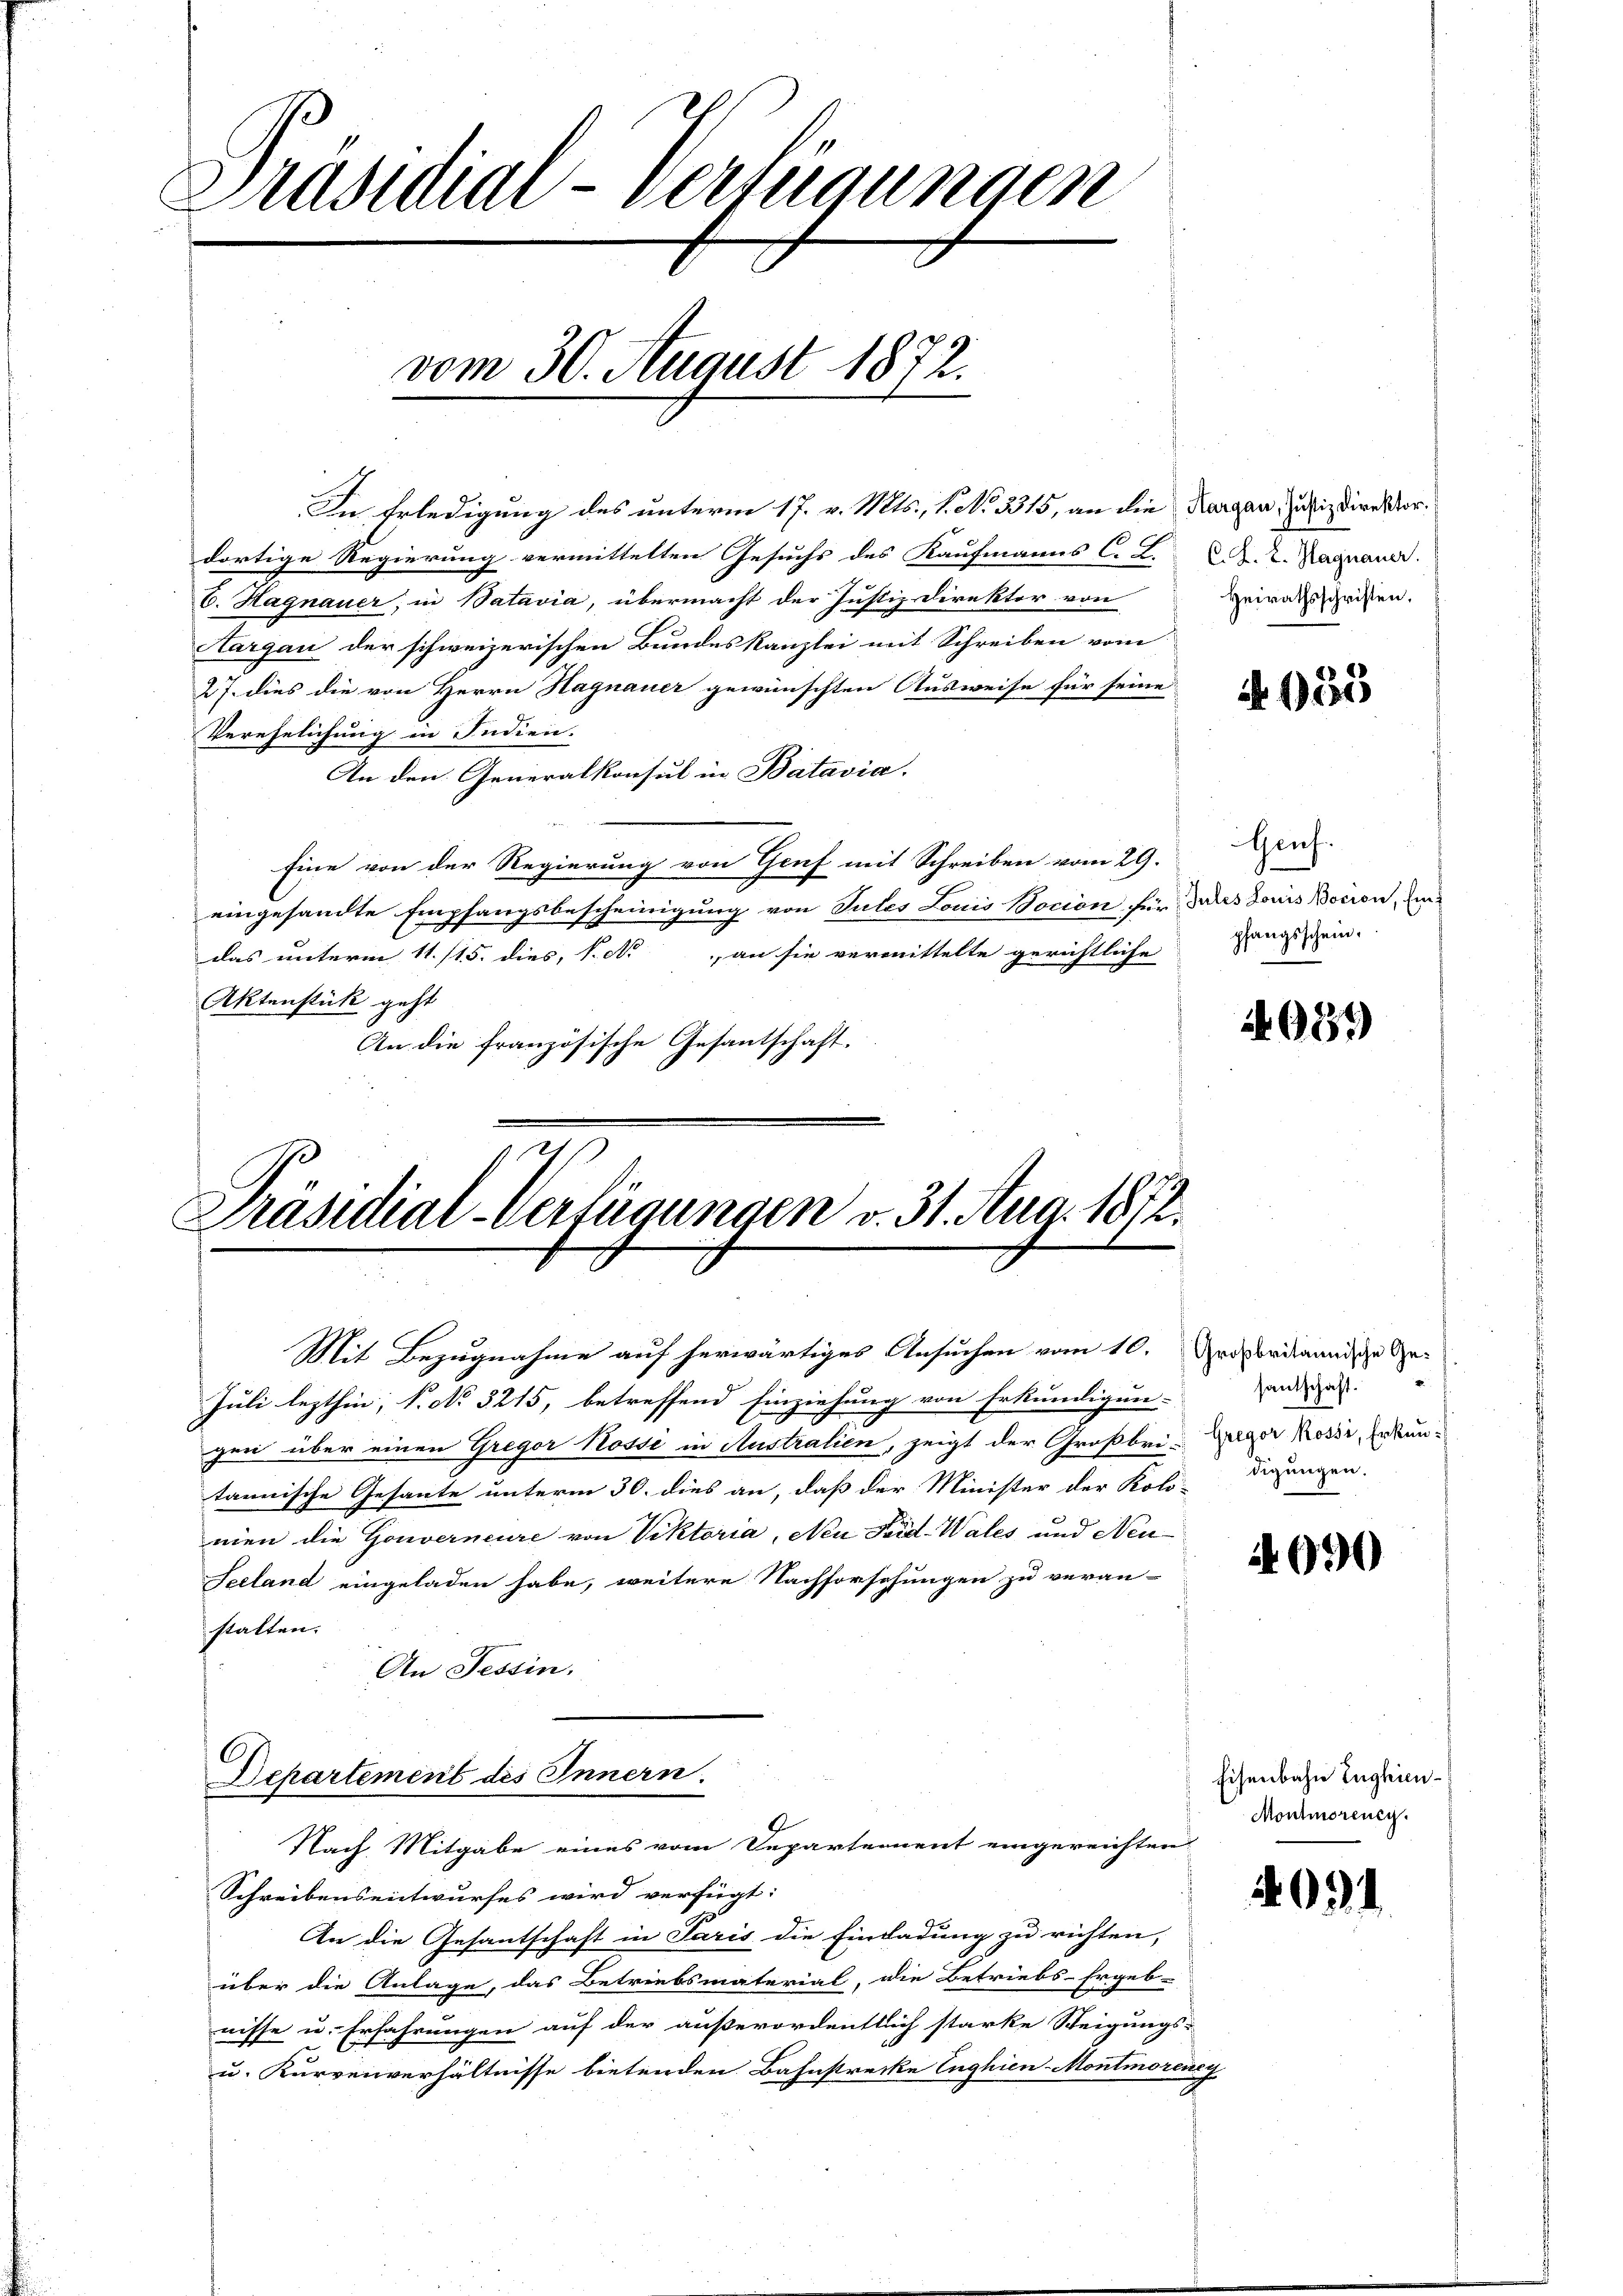
Pasial-Verfügungen
vom 30. August 1872.

In Erledigung des unterm 17. v. Mts., s. No. 3315, an die Thurgau, Justizdirektordortige Regierung vermittelten Gesuchs des Kaufmanns C. L. CM. 2. Nagnau.
C. Hagnauer, in Batavia, übermacht der Justiz-Direktor von
argau der schweizerischen Bundeskanzlei mit Schreiben vom
27. dies die von Herrn Hagnauer gewünschten Ausweise für seine
Verehelichung in Indien.
An den Generalkonsul in Batavia.
Eine von der Regierung von Genf mit Schreiben vom 29.
eingesandte Empfangsbescheinigung von Sules Louis Bocion für des Louis Bocion, ein
das unterm 11. 115. dies, s. No an sie vermittelte gerichtliche
Aktenstück geht
An die französische Gesantschaft.

Präsidial-Verfügungen v. 31. Aug. 1872.

Departement des Innern.
Nach Mitgabe eines vom Departement eingereichten

Mit Bezugnahme auf herwärtiges Ansuchen vom 10. Ausbritannige Ge¬

Juli lezthin; P. No 3215, betreffend Einziehung von Erkundigun-
gen über einen Gregor Nosse in Australien, zeigt der Großbri- Zuger Rossi, Erkuntannische Gesante unterm 30. dies an, daß der Minister der Kolo-Digungen.
mien die Gouverneure von Viktoria, Neu Faid-Wales und Neu-
Seeland eingeladen habe, weitere Nachforschungen zu veran-
stalten.
An Tessin.

Schreibensentwurfes wird verfügt:
An die Gesantschaft in Paris die Einladung zu richten,
über die Anlage, das Betriebsmaterial, die Betriebs-Ergeb-
nisse u. Erfahrungen auf der außerordentlich starke Steigungs-
u. Kurvenverhältnisse bietenden Bahnstrecke Enghien-Montmoreney

Heirathsschriften.

A 955

Genf.
pfangsschein.

4931)

santschaft.

4090

Eisenbahn Zughien
Montmorenen.

409)